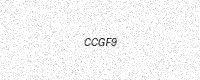
Text: CCGF9